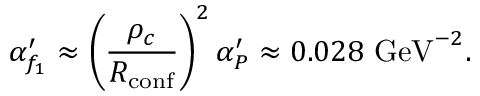
\alpha _ { f _ { 1 } } ^ { \prime } \approx \left( \frac { \rho _ { c } } { R _ { \mathrm { c o n f } } } \right) ^ { 2 } \alpha _ { P } ^ { \prime } \approx 0 . 0 2 8 \mathrm { ~ G e V } ^ { - 2 } .